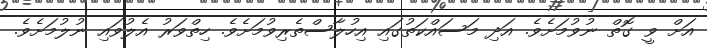
އަށް ވީ ގޮތް ނުވުމަށެވެ. އަދި މަސައްކަތުގައިި އިހުލާސްތެރިވުމަށެވެ. ހިތްވަރު އެލުވައި ނުލުމަށެވެ.